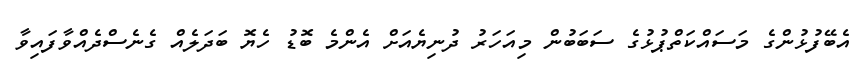
އެބޭފުޅުންގެ މަސައްކަތްޕުޅުގެ ސަބަބުން މިއަހަރު ދުނިޔެއަށް އެންމެ ބޮޑު ހެޔޮ ބަދަލެއް ގެނެސްދެއްވާފައިވާ